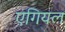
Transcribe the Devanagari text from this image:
एगियल